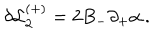
\delta { \cal L } _ { 2 } ^ { ( + ) } = 2 B _ { - } \partial _ { + } \alpha \, .